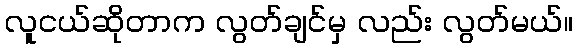
လူငယ်ဆိုတာက လွတ်ချင်မှ လည်း လွတ်မယ်။